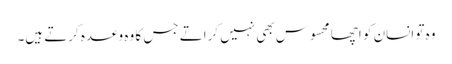
وہ تو انسان کو اچھا محسوس بھی نہیں کراتے جس کا وہ وعدہ کرتے ہیں۔